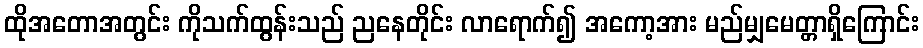
ထိုအတောအတွင်း ကိုသက်ထွန်းသည် ညနေတိုင်း လာရောက်၍ အကော့အား မည်မျှမေတ္တာရှိကြောင်း